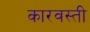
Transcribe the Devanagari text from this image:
कारवस्ती